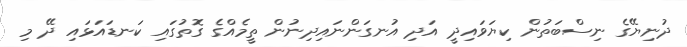
ދުނިޔޭގެ ނިސްބަތުން ކިޔަވައިދީ އަދި އުނގަންނައިދިނުން ތީމެއްގެ ގޮތުގައި ކަނޑައަޅައި ދޭ މި